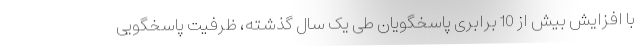
با افزایش بیش از 10 برابری پاسخگویان طی یک سال گذشته، ظرفیت پاسخگویی